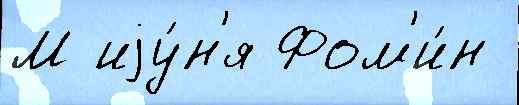
М иjу́н'я Фом'и́н